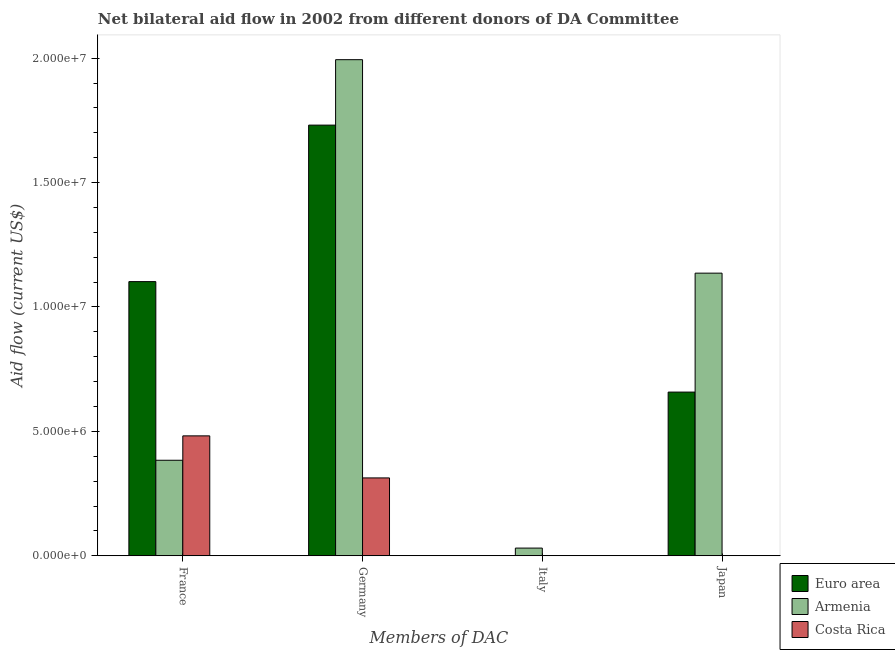
| Members of DAC | Euro area | Armenia | Costa Rica |
 | --- | --- | --- | --- |
 | France | 1.1e+07 | 3.84e+06 | 4.82e+06 |
 | Germany | 1.73e+07 | 1.99e+07 | 3.13e+06 |
 | Italy | -8.7e+05 | 3.1e+05 | -7.4e+05 |
 | Japan | 6.58e+06 | 1.14e+07 | -2.82e+06 |